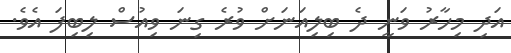
އަދި މިހާރު ވަނީ ދެ ބިލިއަނަށް ވުރެ ގިނަ ވިއުސް ލިބިފަ އެވެ.